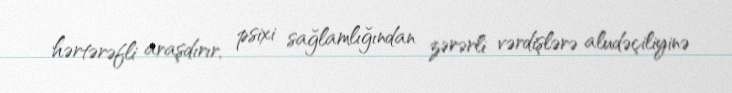
hərtərəfli araşdırır, psixi sağlamlığından zərərli vərdişlərə aludəçiliyinə